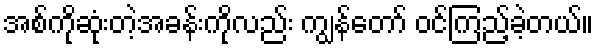
အစ်ကိုဆုံးတဲ့အခန်းကိုလည်း ကျွန်တော် ဝင်ကြည့်ခဲ့တယ်။